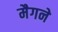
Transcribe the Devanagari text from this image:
मैगने